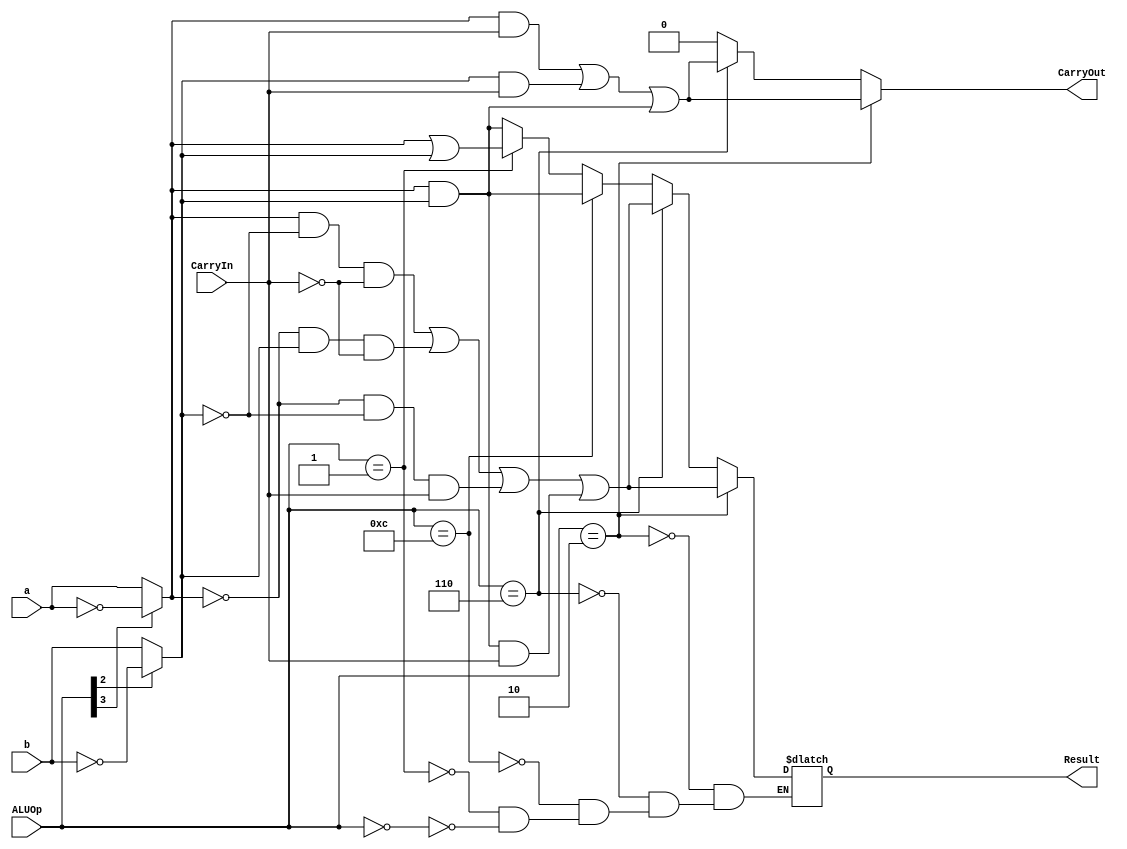
module ALU_1_bit
  (
  input a,b, CarryIn,
  input [3:0] ALUOp,
  output reg Result, CarryOut
  );
  wire abar, bbar,mux1out, mux2out;
  assign abar = ~a;
  assign bbar = ~b;
  assign mux2out = ALUOp[2] ? ~b : b;
  assign mux1out = ALUOp[3] ? ~a : a;
  always @(a, b, CarryIn, ALUOp)
  begin
    CarryOut = 0;
    
    
    if (ALUOp == 4'b0000) //and 
      Result = mux1out & mux2out;
    
    if (ALUOp == 4'b001) //or
      Result = mux1out | mux2out;
    
    if (ALUOp == 4'b1100) //nor
      Result = (mux1out & mux2out);
    
    if (ALUOp == 4'b0110) //subtract
    begin
      CarryOut = (mux1out & CarryIn) | (mux2out & CarryIn) | (mux1out & mux2out);
      Result = (mux1out & ~mux2out & ~CarryIn) | (~mux1out & mux2out & ~CarryIn) | (~mux1out & ~mux2out & CarryIn) | (mux1out & mux2out & CarryIn);
    end 
    
    if (ALUOp == 4'b0010) //add
    begin
      CarryOut = (mux1out & CarryIn) | (mux2out & CarryIn) | (mux1out & mux2out);
      Result = (mux1out & ~mux2out & ~CarryIn) | (~mux1out & mux2out & ~CarryIn) | (~mux1out & ~mux2out & CarryIn) | (mux1out & mux2out & CarryIn);
    end
    
  end
endmodule